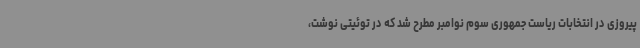
پیروزی در انتخابات ریاست جمهوری سوم نوامبر مطرح شد که در توئیتی نوشت،